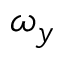
\omega _ { y }